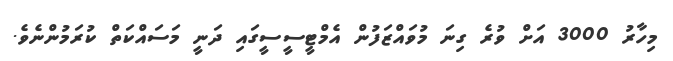
މިހާރު 3000 އަށް ވުރެ ގިނަ މުވައްޒަފުން އެމްޓީސީސީގައި ދަނީ މަސައްކަތް ކުރަމުންނެވެ.